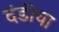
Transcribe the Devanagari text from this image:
दंडीचा